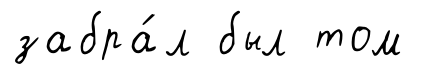
забра́л был том